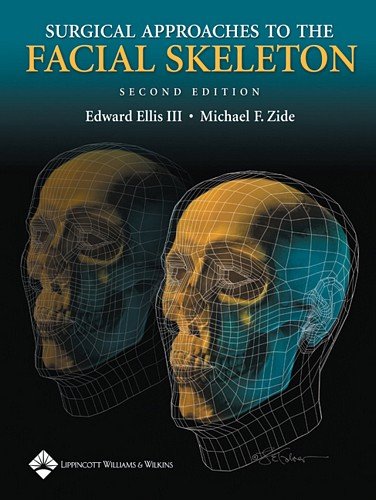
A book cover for Surgical Approaches to the Facial Skeleton; Edward Ellis III  DDS  MS; Medical Books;